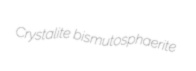
Crystalite bismutosphaerite